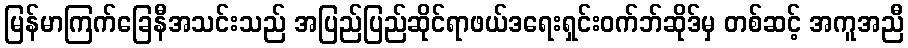
မြန်မာကြက်ခြေနီအသင်းသည် အပြည်ပြည်ဆိုင်ရာဖယ်ဒရေးရှင်းဝက်ဘ်ဆိုဒ်မှ တစ်ဆင့် အကူအညီ